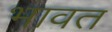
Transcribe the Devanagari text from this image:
भावत